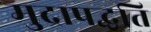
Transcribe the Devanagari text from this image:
मुद्रापद्धति